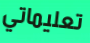
تعليماتي